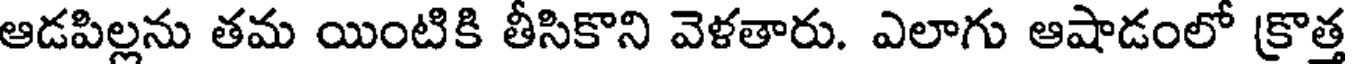
ఆడపిల్లను తమ యింటికి తీసికొని వెళతారు. ఎలాగు ఆషాడంలో క్రొత్త